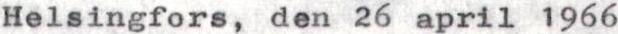
Helsingfors, den 26 april 1966